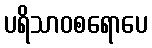
ပရိသာဝစရောပေ